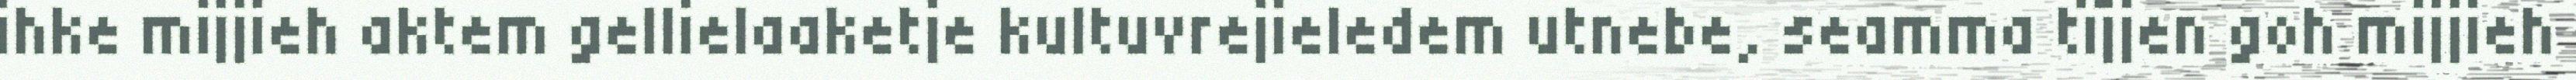
ihke mijjieh aktem gellielaaketje kultuvrejieledem utnebe, seamma tïjjen goh mijjieh